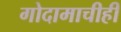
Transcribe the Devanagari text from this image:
गोदामाचीही